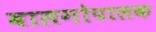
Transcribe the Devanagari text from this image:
बालगोपालक